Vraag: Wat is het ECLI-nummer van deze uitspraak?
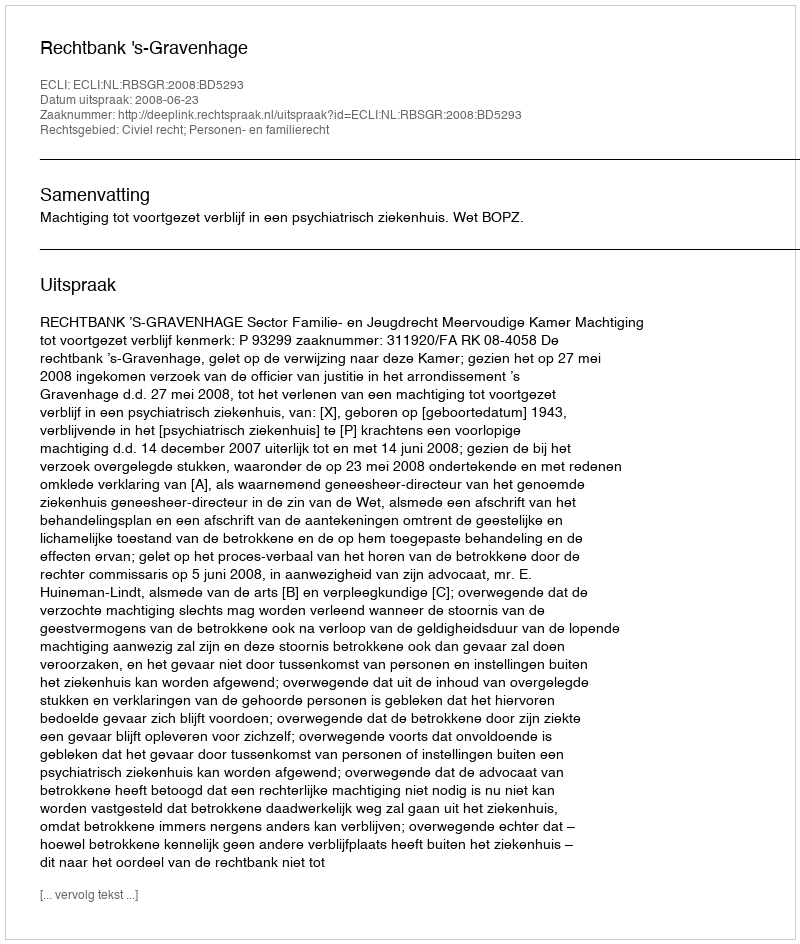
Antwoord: ECLI:NL:RBSGR:2008:BD5293